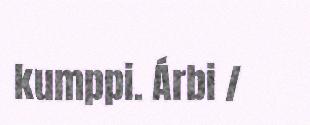
kumppi. Árbi /